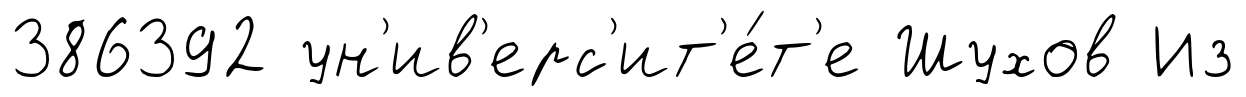
386392 ун'ив'ерс'ит'е́т'е Шухов Из